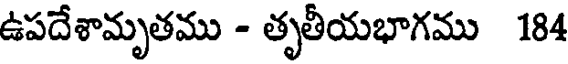
ఉపదేశామృతము - తృతీయభాగము 184